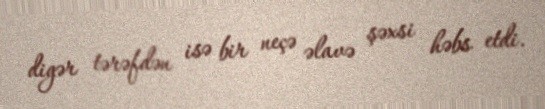
digər tərəfdən isə bir neçə əlavə şəxsi həbs etdi.